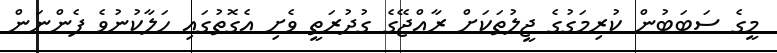
މީގެ ސަބަބުން ކުރިމަގުގެ ޖީލުތަކަށް ރާއްޖޭގެ ގުދުރަތީ ވެށި އެގޮތުގައި ހަލާކުނުވެ ފެންނަން